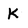
Character: K